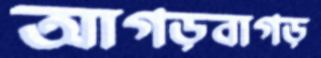
আগড়বাগড়